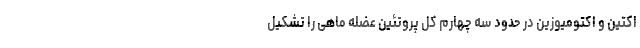
اکتین و اکتومیوزین در حدود سه چهارم کل پروتئین عضله ماهی را تشکیل